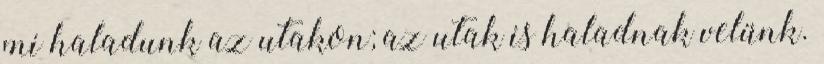
mi haladunk az utakon; az utak is haladnak velünk.